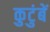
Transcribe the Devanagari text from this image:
कुटुंबें